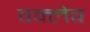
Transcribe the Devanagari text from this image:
वक्लेव